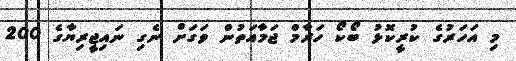
މި އަހަރުގެ ކުރީކޮޅު ބޯކޯ ހަރާމް ޖަމާއަތުން ވަގަށް ނެގި ނައިޖީރިޔާގެ 200